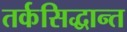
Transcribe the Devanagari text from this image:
तर्कसिद्धान्त